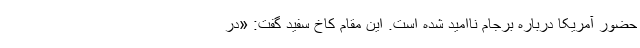
حضور آمریکا درباره برجام ناامید شده است. این مقام کاخ سفید گفت: «در